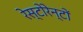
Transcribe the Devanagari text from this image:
रेस्टोरेन्टों